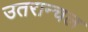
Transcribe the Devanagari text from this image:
उतरान्चल